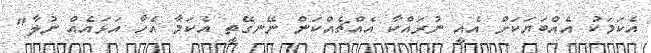
އެކަމަކު އެއްބަޔަކަށް އެއީ ނުރައްކާ އެއްޗެއްކަން ނޭނގޭތީ އެކަމާ އެހާ އަޅައެއް ނުލާ"